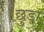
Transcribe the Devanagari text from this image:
छ़ुडा